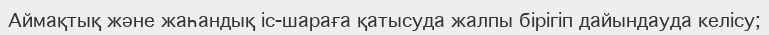
Аймақтық және жаһандық іс-шараға қатысуда жалпы бірігіп дайындауда келісу;